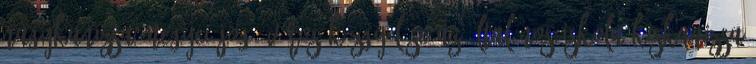
Nagykanizsa Megyei Jogú Város Közgyűlése az Általános Iskola Kiskanizsa